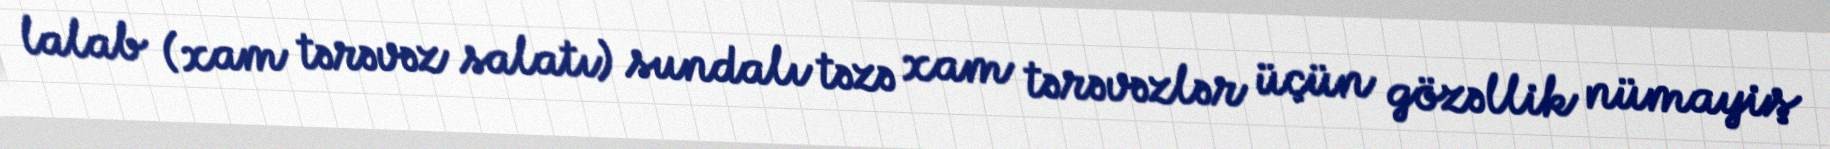
lalab (xam tərəvəz salatı) sundalı təzə xam tərəvəzlər üçün gözəllik nümayiş